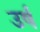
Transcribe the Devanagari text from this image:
उर्ष